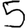
Digit: 5